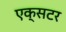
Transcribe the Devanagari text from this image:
एक्सटर